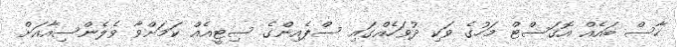
ހާސް ބައެއް އޮގަސްޓް މަހުގެ ވަކި ދުވަހެއްގައި ސްޕެއިންގެ ސިޓީއެއް ކަމަށްވާ ވެލެންސިއާއަށް